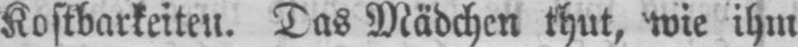
Kostbarkeiten. Das Mädchen thut, wie ihm